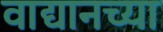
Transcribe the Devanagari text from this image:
वाद्यानच्या